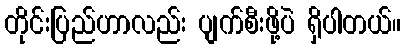
တိုင်းပြည်ဟာလည်း ပျက်စီးဖို့ပဲ ရှိပါတယ်။